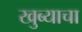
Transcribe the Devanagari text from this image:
खुब्याचा